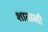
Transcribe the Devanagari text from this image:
शाताब्ती